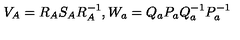
V _ { A } = R _ { A } S _ { A } R _ { A } ^ { - 1 } , W _ { a } = Q _ { a } P _ { a } Q _ { a } ^ { - 1 } P _ { a } ^ { - 1 }